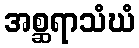
အစ္ဆရာသံဃံ